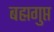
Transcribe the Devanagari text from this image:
बह्मगुप्त